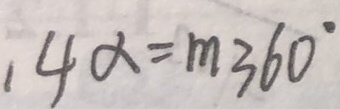
1 4 \alpha = m 3 6 0 ^ { \circ }